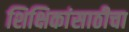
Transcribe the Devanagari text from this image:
शिक्षिकांसाठीचा